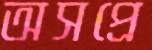
অসপ্রে